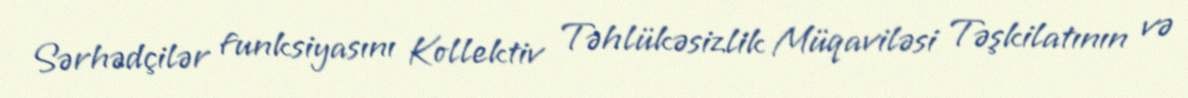
Sərhədçilər funksiyasını Kollektiv Təhlükəsizlik Müqaviləsi Təşkilatının və